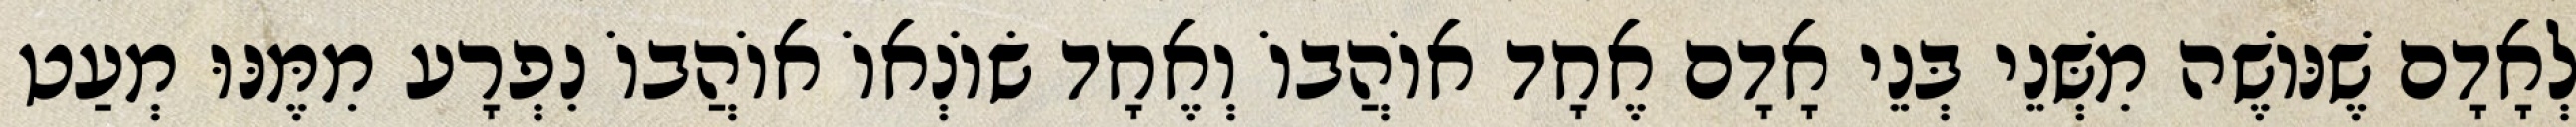
לְאָדָם שֶׁנּוֹשֶׁה מִשְּׁנֵי בְּנֵי אָדָם אֶחָד אוֹהֲבוֹ וְאֶחָד שׂוֹנְאוֹ אוֹהֲבוֹ נִפְרָע מִמֶּנּוּ מְעַט